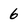
Character: 6